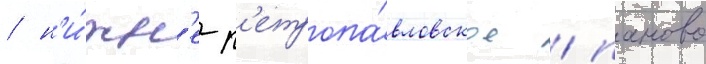
/ н'и́жн'е-п'етропа́вловское / паново